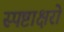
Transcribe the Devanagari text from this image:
स्पष्टाक्षरो